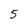
Character: 5